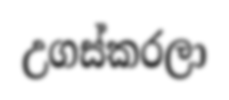
උගස්කරලා